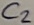
Text: C2